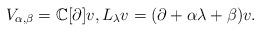
LaTeX: \begin{align*}V_{\alpha,\beta}=\mathbb{C}[\partial]v,L_\lambda v=(\partial+\alpha\lambda+\beta)v. \end{align*}